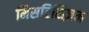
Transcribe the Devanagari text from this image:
मिसटिसिज़म